Civil Veterinary Department. United Provinces 1923-31 - 1923-1931
Year: 1923
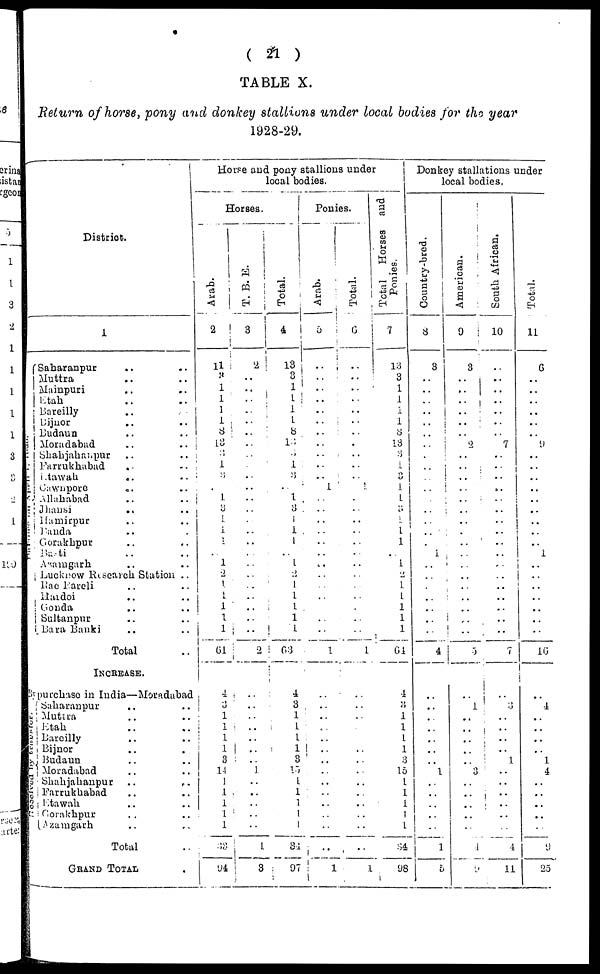
( 21 )
TABLE X.
Return of horse, pony and donkey stallions under local bodies for the year
1928-29.
District.
Transferred
Received by transfer
1
Saharanpur .. ..
Muttra .. ..
Mainpuri .. ..
Etah .. ..
Bareilly .. ..
Bijnor .. ..
Budaun .. ..
Moradabad .. ..
Shahjahanpur .. ..
Farrukhabad .. ..
Etawah .. ..
Cawnpore .. ..
Allahabad .. ..
Jhansi .. ..
Hamirpur .. ..
Banda .. ..
Gorakhpur .. ..
Basti .. ..
Azamgarh .. ..
Lucknow Research Station ..
Rae Bareli .. ..
Hardoi .. ..
Gonda .. ..
Sultanpur .. ..
Bara Banki .. ..
Total ..
INCREASE.
By purchase in India—Moradabad
Saharanpur .. ..
Muttra .. ..
Etah .. ..
Bareilly .. ..
Bijnor .. ..
Budaun .. ..
Moradabad.. ..
Shanjahanpur .. ..
Farrukhabad .. ..
Etawah .. ..
Etawah .. ..
Azamgarh .. ..
Total ..
GRAND TOTAL ..
Horse and pony stallions under
local bodies.
Horses.
Arab.
2
11
..
1
1
1
1
8
13
3
1
3
..
1
3
1
1
..
..
1
2
1
1
1
1
1
61
4
3
1
1
1
1
3
14
1
1
1
1
1
33
94
T. B. E.
3
2
..
..
..
..
..
..
..
..
..
..
..
..
..
..
..
..
..
..
..
..
..
..
..
..
2
..
..
..
..
..
..
..
1
..
..
..
..
..
1
3
Total.
4
13
3
1
1
1
1
8
13
3
1
3
..
1
3
1
1
1
..
1
2
1
1
1
1
1
63
4
3
1
1
1
1
3
13
1
1
1
1
1
34
97
Ponies.
Arab.
5
..
..
..
..
..
..
..
..
..
..
..
1
..
..
..
..
..
..
..
..
..
..
..
..
..
1
..
..
..
..
..
..
1
..
..
..
..
..
..
..
1
Total.
6
..
..
..
..
..
..
..
..
..
..
..
1
..
..
..
..
..
..
..
..
..
..
..
..
..
1
..
..
..
..
..
..
..
..
..
..
..
..
..
..
..
Total Horses and
Ponies.
7
13
3
1
1
1
1
8
13
3
1
3
1
1
3
1
1
1
..
1
2
1
1
1
1
1
64
4
3
1
1
1
1
3
15
1
1
1
1
1
34
98
Donkey stallations under
local bodies,
Country-bred.
8
3
..
..
..
..
..
..
..
..
..
..
..
..
..
..
..
..
1
..
..
..
..
..
..
..
4
..
..
..
..
..
..
..
1
..
..
..
..
..
..
5
American.
9
3
..
..
..
..
..
..
2
..
..
..
..
..
..
..
..
..
..
..
..
..
..
..
..
..
5
..
1
..
..
..
..
..
..
..
..
..
..
..
..
..
South African.
10
..
..
..
..
..
..
..
7
..
..
..
..
..
..
..
..
..
..
..
..
..
..
..
..
..
7
..
3
..
1
..
..
1
..
..
..
..
..
..
4
11
Total.
11
6
..
..
..
..
..
..
9
..
..
..
..
..
..
..
..
..
1
..
..
..
..
..
..
..
10
..
4
..
..
..
..
1
4
..
..
..
..
..
9
25